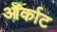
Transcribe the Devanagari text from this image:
ऑर्काट